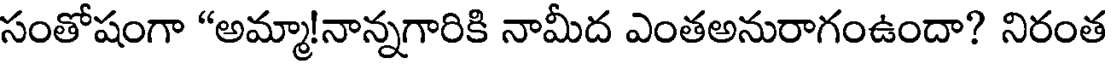
సంతోషంగా "అమ్మా!నాన్నగారికి నామీద ఎంతఅనురాగంఉందా? నిరంత